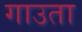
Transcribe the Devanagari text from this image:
गाउता